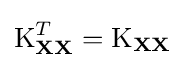
\operatorname {K} _{\mathbf {X} \mathbf {X} }^{T}=\operatorname {K} _{\mathbf {X} \mathbf {X} }